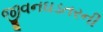
જીવનઘડતરની